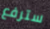
سترفع